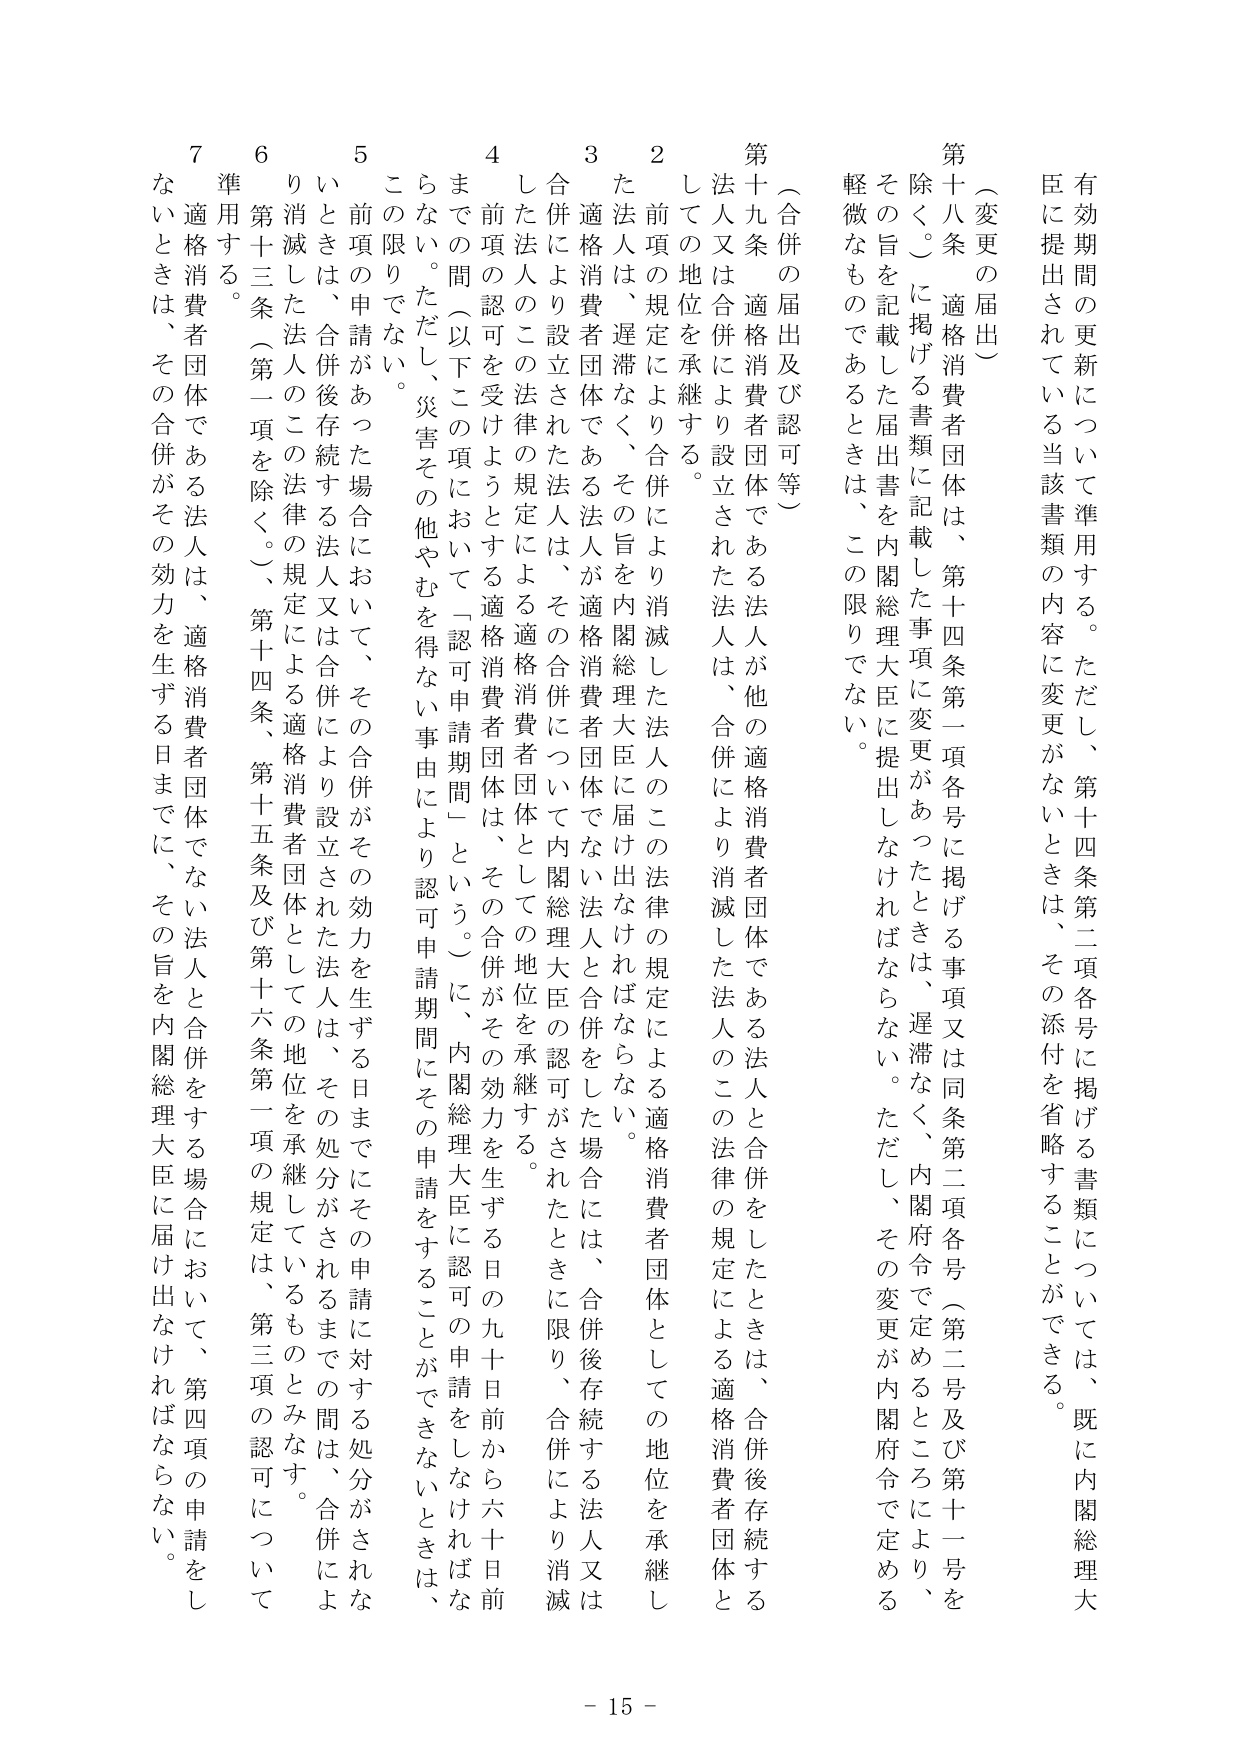
有効期間の更新について準用する。ただし、第十四条第二項各号に掲げる書類については、既に内閣総理大臣に提出されている当該書類の内容に変更がないときは、その添付を省略することができる。

（変更の届出）
第十八条 適格消費者団体は、第十四条第一項各号に掲げる事項又は同条第二項各号（第二号及び第十一号を除く。）に掲げる書類に記載した事項に変更があったときは、遅滞なく、内閣府令で定めるところにより、その旨を記載した届出書を内閣総理大臣に提出しなければならない。ただし、その変更が内閣府令で定める軽微なものであるときは、この限りでない。

（合併の届出及び認可等）
第十九条 適格消費者団体である法人が他の適格消費者団体である法人と合併をしたときは、合併後存続する法人又は合併により設立された法人は、合併により消滅した法人のこの法律の規定による適格消費者団体としての地位を承継する。

２ 前項の規定により合併により消滅した法人のこの法律の規定による適格消費者団体としての地位を承継した法人は、遅滞なく、その旨を内閣総理大臣に届け出なければならない。

３ 適格消費者団体である法人が適格消費者団体でない法人と合併をした場合には、合併後存続する法人又は合併により設立された法人は、その合併について内閣総理大臣の認可がされたときに限り、合併により消滅した法人のこの法律の規定による適格消費者団体としての地位を承継する。

４ 前項の認可を受けようとする適格消費者団体は、その合併がその効力を生ずる日の九十日前から六十日前までの間（以下この項において「認可申請期間」という。）に、内閣総理大臣に認可の申請をしなければならない。ただし、災害その他やむを得ない事由により認可申請期間にその申請をすることができないときは、この限りでない。

５ 前項の申請があった場合において、その合併がその効力を生ずる日までにその申請に対する処分がされないときは、合併後存続する法人又は合併により設立された法人は、その処分がされるまでの間は、合併により消滅した法人のこの法律の規定による適格消費者団体としての地位を承継しているものとみなす。

６ 第十三条（第一項を除く。）、第十四条、第十五条及び第十六条第一項の規定は、第三項の認可について準用する。

７ 適格消費者団体である法人は、適格消費者団体でない法人と合併をする場合において、第四項の申請をしないときは、その合併がその効力を生ずる日までに、その旨を内閣総理大臣に届け出なければならない。

- 15 -